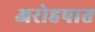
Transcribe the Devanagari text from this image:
अरोहपात